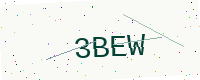
Text: 3BEW